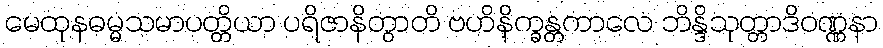
မေထုနဓမ္မသမာပတ္တိယာ ပရိဇာနိတွာတိ ဗဟိနိက္ခန္တကာလေ ဘိန္ဒိသုတ္တာဒိဝဏ္ဏနာ